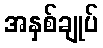
အနှစ်ချုပ်